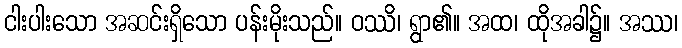
ငါးပါးသော အဆင်းရှိသော ပန်းမိုးသည်။ ဝဿိ၊ ရွာ၏။ အထ၊ ထိုအခါ၌။ အဿ၊